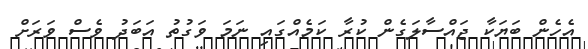
އެހެން ބަޔަކާ ޖައްސާލަގެން ކުރާ ކަމެއްގައި ނަމަ ވަގުތު އަބަދު ވެސް ވަރަށް